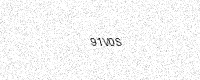
Text: 91V0S